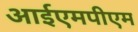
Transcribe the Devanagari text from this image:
आईएमपीएम